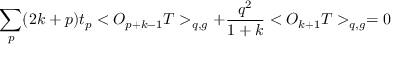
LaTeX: \sum _ { p } ( 2 k + p ) t _ { p } < O _ { p + k - 1 } T > _ { q , g } + \frac { q ^ { 2 } } { 1 + k } < O _ { k + 1 } T > _ { q , g } = 0